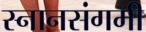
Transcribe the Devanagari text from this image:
स्नानसंगमी